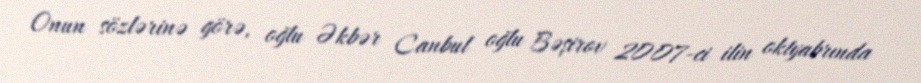
Onun sözlərinə görə, oğlu Əkbər Canbul oğlu Bəşirov 2007-ci ilin oktyabrında